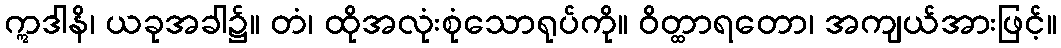
ဣဒါနိ၊ ယခုအခါ၌။ တံ၊ ထိုအလုံးစုံသောရုပ်ကို။ ဝိတ္ထာရတော၊ အကျယ်အားဖြင့်။